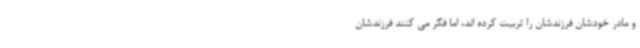
و مادر خودشان فرزندشان را تربیت کرده اند، اما فکر می کنند فرزندشان